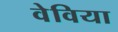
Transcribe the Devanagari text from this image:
वेविया